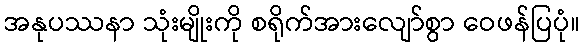
အနုပဿနာ သုံးမျိုးကို စရိုက်အားလျော်စွာ ဝေဖန်ပြပုံ။